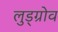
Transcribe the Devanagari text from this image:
लुड्ग्रोव